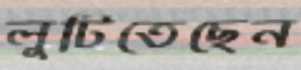
লুটিতেছেন